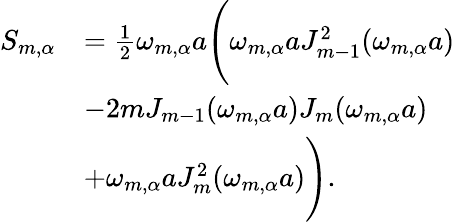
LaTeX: \begin{array}{rl}{S_{m,\alpha}}&{=\frac{1}{2}\omega_{m,\alpha}a\Bigg(\omega_{m,\alpha}aJ_{m-1}^{2}(\omega_{m,\alpha}a)}\\ &{-2mJ_{m-1}(\omega_{m,\alpha}a)J_{m}(\omega_{m,\alpha}a)}\\ &{+\omega_{m,\alpha}aJ_{m}^{2}(\omega_{m,\alpha}a)\Bigg).}\end{array}